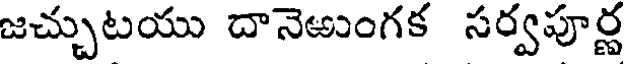
జచ్చుటయు దానెఱుంగక సర్వపూర్ణ